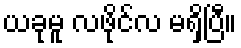
ယခုမူ လဖိုင်လ မရှိပြီ။